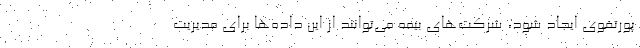
پورتفوی ایجاد شود، شرکت‌های بیمه می‌توانند از این داده‌ها برای مدیریت